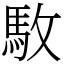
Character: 駇